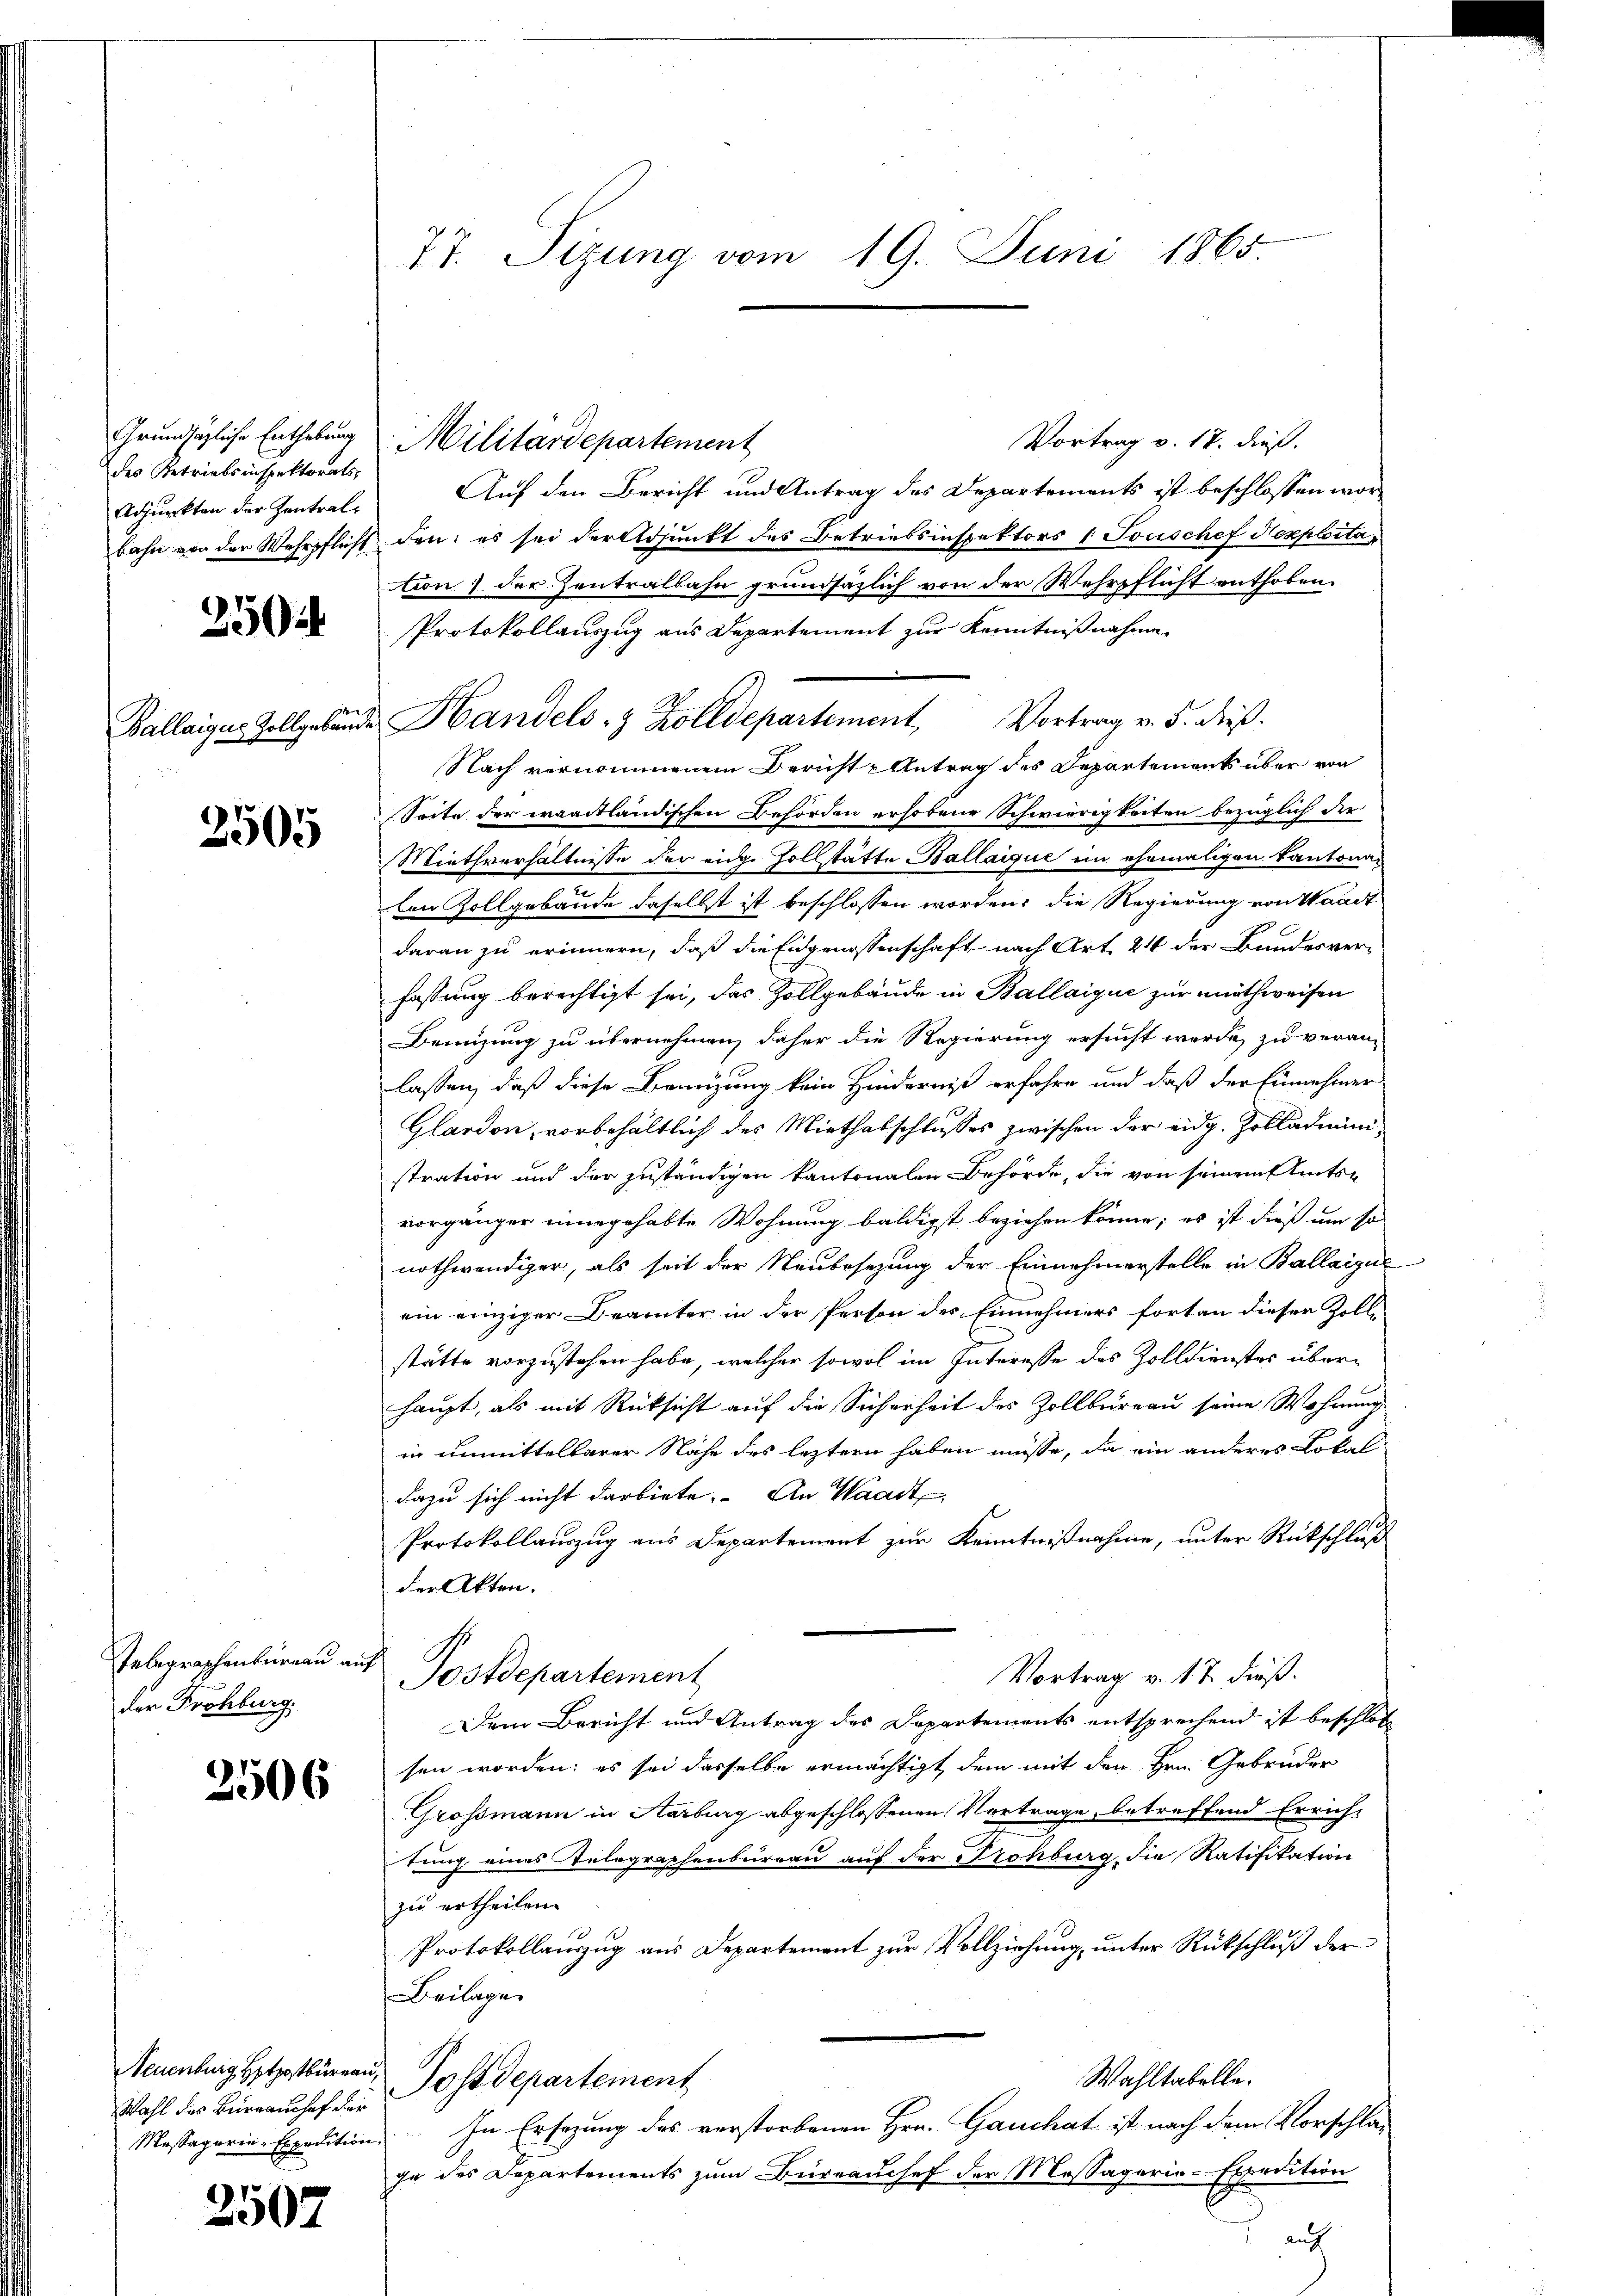
des Betriebsinspektorats-
Adjunkten der Zentral¬

250

2505

der Frohburg.

2506

Grundsätzliche Enthebung Militärdepartement
Vortrag v. 17. dieß.
Auf den Bericht und Antrag des Departements ist beschlossen worbahn von der Wehrpflicht den es sei der Adjunkt des Betriebsinspektors 1 Touschef Nexploitation der Zentralbahn grundsätzlich von der Wehrpflicht enthoben.
Protokollauszug aus Departement zur Kenntnißnahme
Ballaiges Zollgebände Handels- & Zolldepartement, Vortrag v. 5. dieß.
Nach vernommenem Bericht u Antrag des Departements über von
Seite der waadtländischen Behörden erhobene Schwierigkeiten bezüglich der
Miethverhältnisse der eige Zollstatte Ballaique im ehemaligen Kantonalen Zollgebäude daselbst ist beschlossen worden, die Regierung von Waadt
daran zu erinnern, daß die Eidgenossenschaft nach Art. 44 der Bundesver-
fassung berechtigt sei, das Zollgebäude in Ballaique zur nothweisen
Benüzung zu übernehmen, daher die Regierung ersucht werde, zu veran-
lassen, daß diese Bemühung kein Hinderniß erfahre und daß der Einnehmer
Glardon, vorbehältlich des Miethatschlusses zwischen der eidg. Zolladiministration und der zuständigen kantonalen Behörde, die von seinem Amtsvorgänger eingehabte Wohnung baldigst beziehen könne; es ist dieß um so
nothwendiger, als seit der Neubesezung der Einnehmerstelle in Ballaigu
ein einziger Beamter in der Person des Einnehmers fortan dieser Zollstätte vorzustehen habe, welcher sowol im Interesse des Zolldienstes überhaupt, als mit Rücksicht auf die Sicherheit des Zollbureau seine Wohnung
in unmittelbarer Nähe des leztern haben müsse, da ein anderes Lokal
dazu sich nicht darbiete. An Waadt
Protokollauszug aus Departement zur Kenntnißnahme, unter Rückschluß
der Akten.
Inbegraphenbüreau auf Postdepartement
Vortrag v. 17. dieß.
Dem Bericht und Antrag des Departements entsprechend ist beschlos
sen worden; es sei dasselbe ermächtigt, dem mit den Hrn. Gebrüder
Grossmann in Harburg abgeschlossenen Vortrage, betreffend Errichtung eines Telegraphenbüreau auf der Trohburg die Ratifikation
zu ertheilen.
Protokollauszug aus Departement zur Vollziehung, unter Rückschluß der
Beilage
Neuenburg Hetzotbürgen, Postdepartement
Wahltabelle.
In Ersezung des verstorbenen Hrn. Gauchat ist nach dem Vorschlag
ge des Departements zum Büreauchef der Massagerie-Expedition
 auf

Wahl des Büreaushof der
Messaperin Expedition.

2507

77. Sitzung vom 19. Juni 1865.